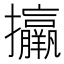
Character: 𢺑